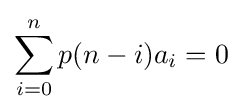
\sum _{i=0}^{n}p(n-i)a_{i}=0